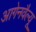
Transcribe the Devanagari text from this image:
आगेनवैल्यू